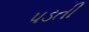
પડતી